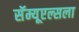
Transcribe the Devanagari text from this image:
सॅम्यूएल्सला